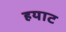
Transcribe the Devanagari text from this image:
हयाट